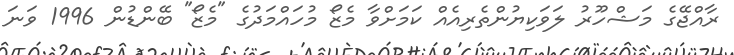
ރާއްޖޭގެ މަޝްހޫރު ލަވަކިޔުންތެރިއެއް ކަމަށްވާ މެޒޯ މުހައްމަދުގެ "މެޒޯ" ބޭންޑުން 1996 ވަނަ